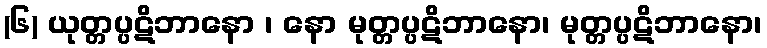
(၆) ယုတ္တပ္ပဋိဘာနော ၊ နော မုတ္တပ္ပဋိဘာနော၊ မုတ္တပ္ပဋိဘာနော၊